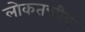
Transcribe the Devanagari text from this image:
लोकतन्त्रीय